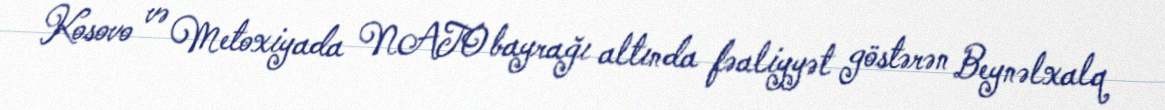
Kosovo və Metoxiyada NATO bayrağı altında fəaliyyət göstərən Beynəlxalq